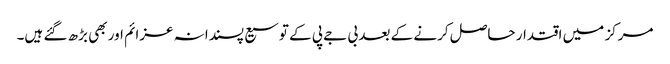
مرکز میں اقتدار حاصل کرنے کے بعد بی جے پی کے توسیع پسندانہ عزائم اور بھی بڑھ گئے ہیں۔